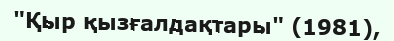
"Қыр қызғалдақтары" (1981),